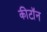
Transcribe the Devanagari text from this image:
कीटॉन